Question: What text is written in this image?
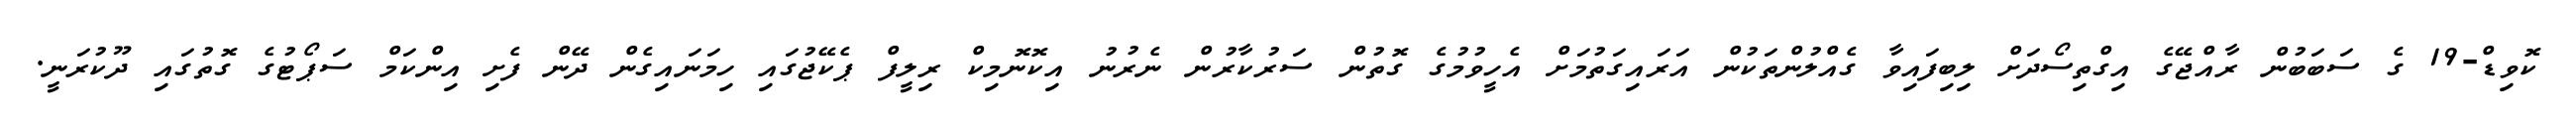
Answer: ކޮވިޑް-19 ގެ ސަބަބުން ރާއްޖޭގެ އިގްތިސޯދަށް ލިބިފައިވާ ގެއްލުންތަކުން އަރައިގަތުމަށް އެހީވުމުގެ ގޮތުން ސަރުކާރުން ނެރުނު އިކޮނޮމިކް ރިލީފް ޕެކޭޖުގައި ހިމަނައިގެން ދޭން ފެށި އިންކަމް ސަޕޯޓުގެ ގޮތުގައި ދޫކުރަނީ.